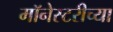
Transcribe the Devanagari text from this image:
मॉनेस्टरीच्या